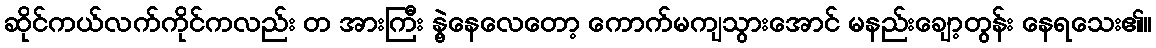
ဆိုင်ကယ်လက်ကိုင်ကလည်း တ အားကြီး နွဲ့နေလေတော့ ကောက်မကျသွားအောင် မနည်းချော့တွန်း နေရသေး၏။